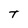
Character: T